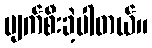
ပျက်စီးခဲ့ပါတယ်။